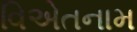
વિએતનામ